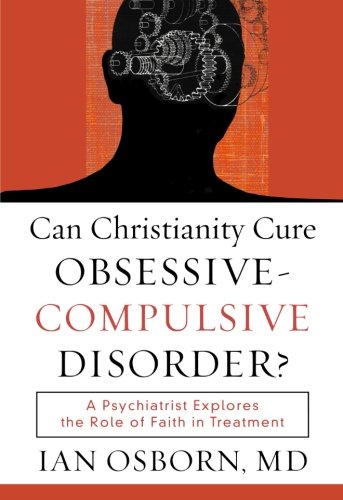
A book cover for Can Christianity Cure Obsessive-Compulsive Disorder?: A Psychiatrist Explores the Role of Faith in Treatment; Ian Osborn MD; Health, Fitness & Dieting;